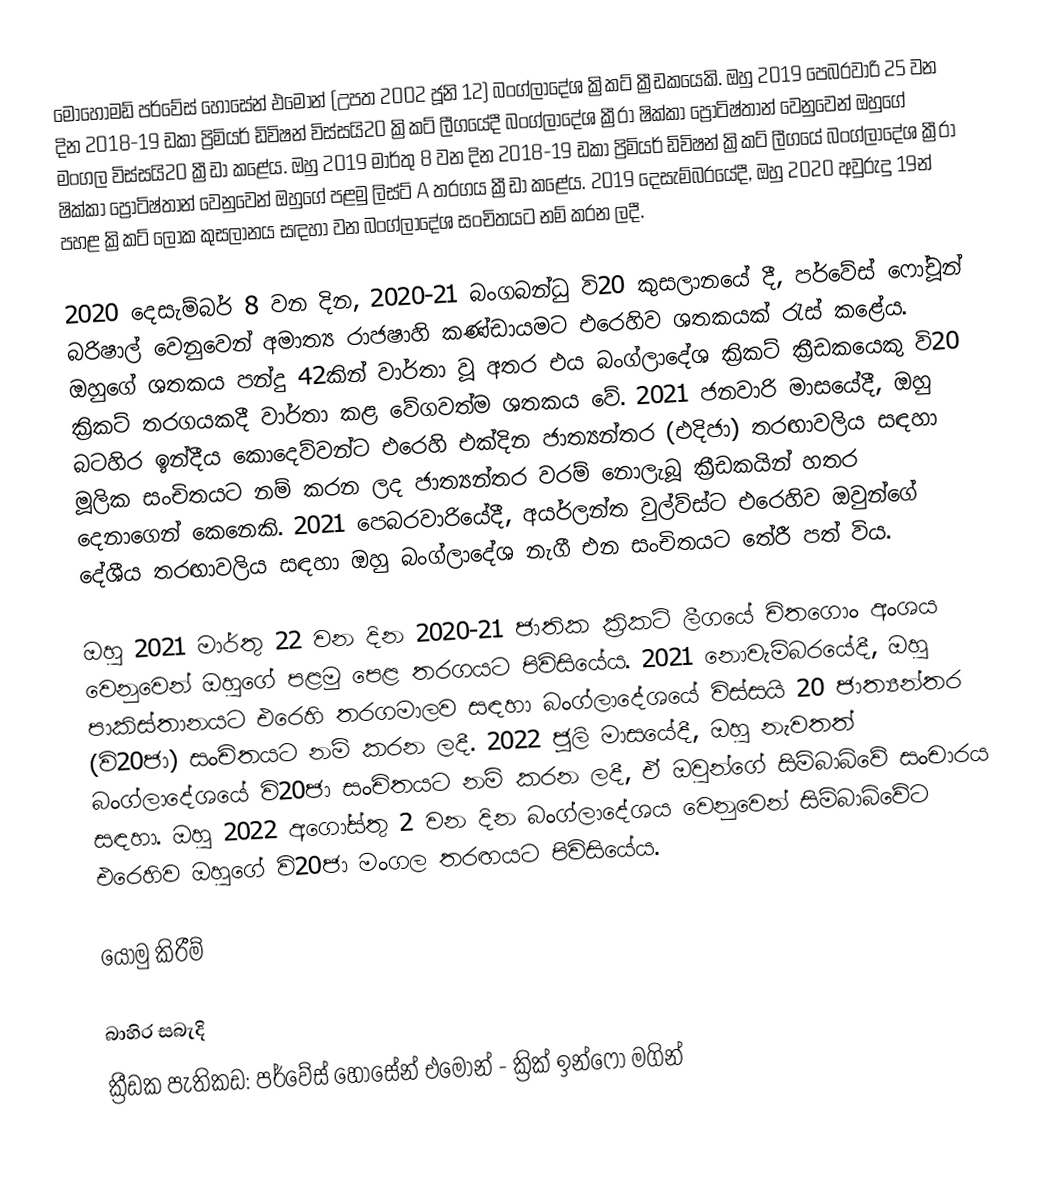
මොහොමඩ් පර්වේස් හොසේන් එමොන් (උපත 2002 ජූනි 12) බංග්ලාදේශ ක්‍රිකට් ක්‍රීඩකයෙකි. ඔහු 2019 පෙබරවාරි 25 වන දින 2018-19 ඩකා ප්‍රිමියර් ඩිවිෂන් විස්සයි20 ක්‍රිකට් ලීගයේදී බංග්ලාදේශ ක්‍රීරා ෂික්කා ප්‍රොටිෂ්තාන් වෙනුවෙන් ඔහුගේ මංගල විස්සයි20 ක්‍රීඩා කළේය. ඔහු 2019 මාර්තු 8 වන දින 2018-19 ඩකා ප්‍රිමියර් ඩිවිෂන් ක්‍රිකට් ලීගයේ බංග්ලාදේශ ක්‍රීරා ෂික්කා ප්‍රොටිෂ්තාන් වෙනුවෙන් ඔහුගේ පළමු ලිස්ට් A තරගය ක්‍රීඩා කළේය. 2019 දෙසැම්බරයේදී, ඔහු 2020 අවුරුදු 19න් පහළ ක්‍රිකට් ලෝක කුසලානය සඳහා වන බංග්ලාදේශ සංචිතයට නම් කරන ලදී.

2020 දෙසැම්බර් 8 වන දින, 2020-21 බංගබන්ධු වි20 කුසලානයේ දී, පර්වේස් ෆෝචූන් බරිෂාල් වෙනුවෙන් අමාත්‍ය රාජෂාහි කණ්ඩායමට එරෙහිව ශතකයක් රැස් කළේය. ඔහුගේ ශතකය පන්දු 42කින් වාර්තා වූ අතර එය බංග්ලාදේශ ක්‍රිකට් ක්‍රීඩකයෙකු වි20 ක්‍රිකට් තරගයකදී වාර්තා කළ වේගවත්ම ශතකය වේ. 2021 ජනවාරි මාසයේදී, ඔහු බටහිර ඉන්දීය කොදෙව්වන්ට එරෙහි එක්දින ජාත්‍යන්තර (එදිජා) තරඟාවලිය සඳහා මූලික සංචිතයට නම් කරන ලද ජාත්‍යන්තර වරම් නොලැබූ ක්‍රීඩකයින් හතර දෙනාගෙන් කෙනෙකි. 2021 පෙබරවාරියේදී, අයර්ලන්ත වුල්ව්ස්ට එරෙහිව ඔවුන්ගේ දේශීය තරඟාවලිය සඳහා ඔහු බංග්ලාදේශ නැගී එන සංචිතයට තේරී පත් විය.

ඔහු 2021 මාර්තු 22 වන දින 2020-21 ජාතික ක්‍රිකට් ලීගයේ චිතගොං අංශය වෙනුවෙන් ඔහුගේ පළමු පෙළ තරගයට පිවිසියේය. 2021 නොවැම්බරයේදී, ඔහු පාකිස්තානයට එරෙහි තරගමාලව සඳහා බංග්ලාදේශයේ විස්සයි 20 ජාත්‍යන්තර (වි20ජා) සංචිතයට නම් කරන ලදී. 2022 ජූලි මාසයේදී, ඔහු නැවතත් බංග්ලාදේශයේ වි20ජා සංචිතයට නම් කරන ලදී, ඒ ඔවුන්ගේ සිම්බාබ්වේ සංචාරය සඳහා. ඔහු 2022 අගෝස්තු 2 වන දින බංග්ලාදේශය වෙනුවෙන් සිම්බාබ්වේට එරෙහිව ඔහුගේ වි20ජා මංගල තරඟයට පිවිසියේය.

යොමු කිරීම්

බාහිර සබැදි
ක්‍රීඩක පැතිකඩ: පර්වේස් හොසේන් එමොන් - ක්‍රික් ඉන්ෆෝ මගින්